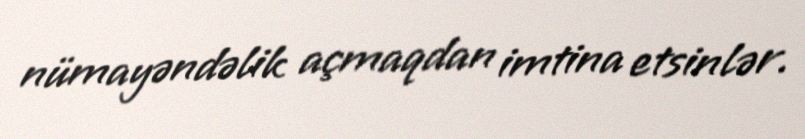
nümayəndəlik açmaqdan imtina etsinlər.